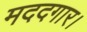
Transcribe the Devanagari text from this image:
मददगार।